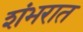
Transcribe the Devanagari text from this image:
शंभरात